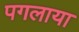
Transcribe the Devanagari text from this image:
पगलाया